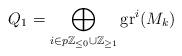
LaTeX: \begin{align*}Q_1 = \bigoplus_{i \in p\mathbb{Z}_{\leq 0} \cup \mathbb{Z}_{\geq 1}} \operatorname{gr}^i(M_{k})\end{align*}